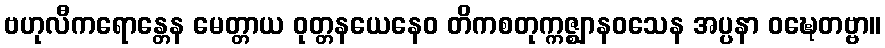
ဗဟုလီကရောန္တေန မေတ္တာယ ဝုတ္တနယေနေဝ တိကစတုက္ကဇ္ဈာနဝသေန အပ္ပနာ ဝဍ္ဎေတဗ္ဗာ။